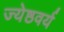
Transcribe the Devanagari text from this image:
ज्येष्ठवर्य